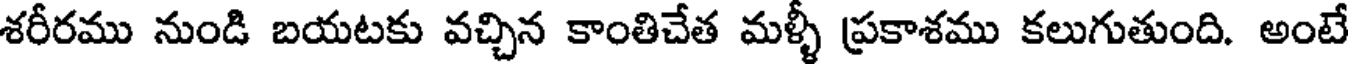
శరీరము నుండి బయటకు వచ్చిన కాంతిచేత మళ్ళీ ప్రకాశము కలుగుతుంది. అంటే